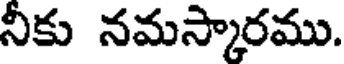
నీకు నమస్కారము.